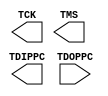
module JTAGPPC440 (
        TCK,
        TDIPPC,
        TMS,
        TDOPPC
);

output TCK;
output TDIPPC;
output TMS;

input TDOPPC;

specify
	specparam PATHPULSE$ = 0;
endspecify

endmodule